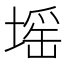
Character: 𡏟